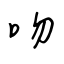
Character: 吻